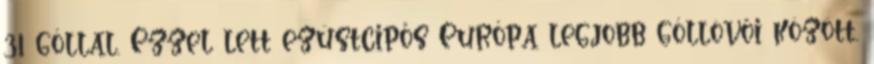
31 góllal. Ezzel lett ezüstcipős Európa legjobb góllövői között.